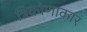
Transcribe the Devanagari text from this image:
त्रिकोणाकारं